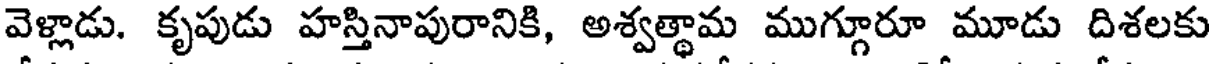
వెళ్లాడు. కృపుడు హస్తినాపురానికి, అశ్వత్థామ ముగ్గూరూ మూడు దిశలకు